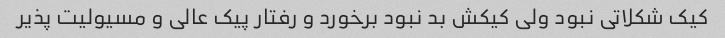
کیک شکلاتی نبود ولی کیکش بد نبود برخورد و رفتار پیک عالی و مسیولیت پذیر